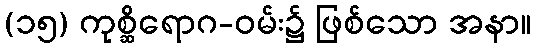
(၁၅) ကုစ္ဆိရောဂ-ဝမ်း၌ ဖြစ်သော အနာ။